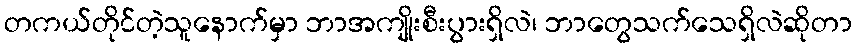
တကယ်တိုင်တဲ့သူနောက်မှာ ဘာအကျိုးစီးပွားရှိလဲ၊ ဘာတွေသက်သေရှိလဲဆိုတာ